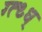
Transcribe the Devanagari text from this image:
ग्त्थ्ध्